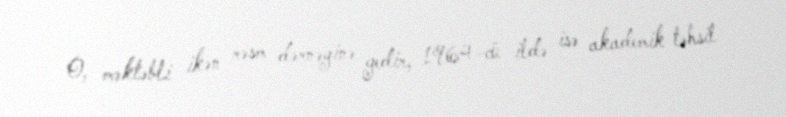
O, məktəbli ikən rəsm dərnəyinə gedir, 1964-cü ildə isə akademik təhsil